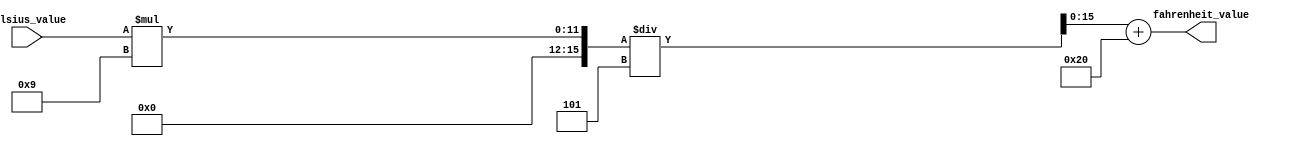
`timescale 1ns / 1ps
module Convert_To_F(
    input [7:0] celsius_value,
    output reg [15:0] fahrenheit_value
    );
    reg [15:0] temp;
    reg [15:0] temp2;
    always @(*) begin
        temp = celsius_value * 9; //first part of conversion is multiplying C value by 9
        temp2 = temp / 5; //divide that value by 5
        fahrenheit_value = temp2 + 32; //add 32 and you get the fahrenheit value
    end
endmodule